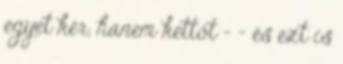
egyet kér, hanem kettőt – – és ezt is